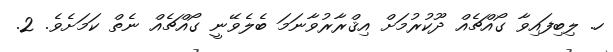
ހ. ލިބިފައިވާ ގޯއްޗެއް ދޫކުރުމަށް އިޤްރާރުވާނަމަ ބެލެވޭނީ ގޯއްޗެއް ނެތް ކަމަށެވެ. 2.